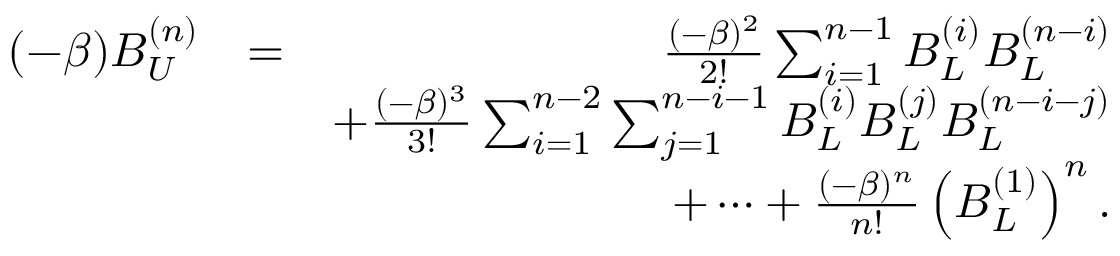
\begin{array} { r l r } { ( - \beta ) B _ { U } ^ { ( n ) } } & { = } & { \frac { ( - \beta ) ^ { 2 } } { 2 ! } \sum _ { i = 1 } ^ { n - 1 } B _ { L } ^ { ( i ) } B _ { L } ^ { ( n - i ) } } \\ & { } & { + \frac { ( - \beta ) ^ { 3 } } { 3 ! } \sum _ { i = 1 } ^ { n - 2 } \sum _ { j = 1 } ^ { n - i - 1 } B _ { L } ^ { ( i ) } B _ { L } ^ { ( j ) } B _ { L } ^ { ( n - i - j ) } } \\ & { } & { + \cdots + \frac { ( - \beta ) ^ { n } } { n ! } \left( B _ { L } ^ { ( 1 ) } \right) ^ { n } . } \end{array}